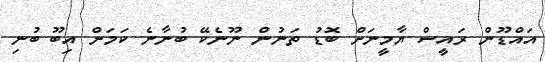
އައްޑޫން ރައީސް ޔާމީނަށް ބޮޑު ތަނުން ނޫނެކޭ ބުނާނެ ކަމަށް އިބޫ ބުނި